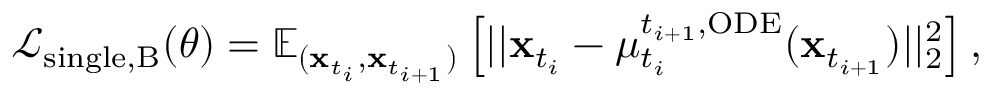
\begin{array} { r } { \mathcal { L } _ { \mathrm { s i n g l e , B } } ( \theta ) = \mathbb { E } _ { ( \mathbf { x } _ { t _ { i } } , \mathbf { x } _ { t _ { i + 1 } } ) } \left[ | | \mathbf { x } _ { t _ { i } } - \mu _ { t _ { i } } ^ { t _ { i + 1 } , \mathrm { O D E } } ( \mathbf { x } _ { t _ { i + 1 } } ) | | _ { 2 } ^ { 2 } \right] , } \end{array}